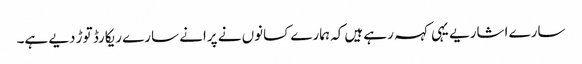
سارے اشاریے یہی کہہ رہے ہیں کہ ہمارے کسانوں نے پرانے سارے ریکارڈ توڑ دیے ہے۔